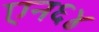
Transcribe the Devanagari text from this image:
एन६४